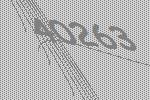
40263